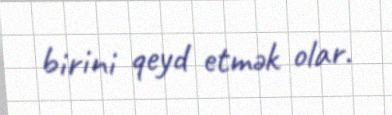
birini qeyd etmək olar.